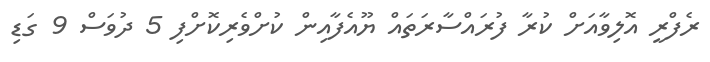
ރެފްރީ އޮލިވާއަށް ކުރާ ފުރައްސާރަތައް ޔޫއެފާއިން ކުށްވެރިކޮށްފި 5 ދުވަސް 9 ގަޑި